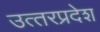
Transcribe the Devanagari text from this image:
उत्‍तरप्रदेश